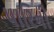
પારિની